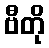
ဗီတို